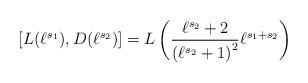
\begin{align*}\left[ L(\ell^{s_1}), D(\ell^{s_2}) \right] = L\left( \frac{\ell^{s_2}+2}{\left(\ell^{s_2}+1\right)^2} \ell^{s_1+s_2} \right)\end{align*}